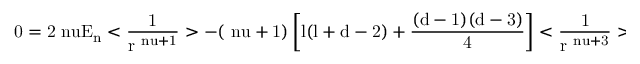
\mathrm { { 0 = 2 \ n u E _ { n } < \frac { 1 } { r ^ { \ n u + 1 } } > - ( \ n u + 1 ) \left[ l ( l + d - 2 ) + \frac { ( d - 1 ) ( d - 3 ) } { 4 } \right] < \frac { 1 } { r ^ { \ n u + 3 } } > + } }